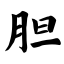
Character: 胆